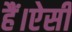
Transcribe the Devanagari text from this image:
हैं।ऐसी